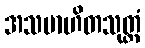
အသမာဟိတသုတ္တံ